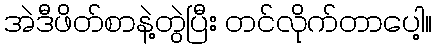
အဲဒီဖိတ်စာနဲ့တွဲပြီး တင်လိုက်တာပေါ့။